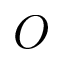
O